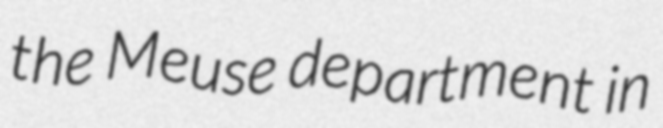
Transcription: the Meuse department in